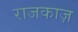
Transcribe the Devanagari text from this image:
राजकाज़